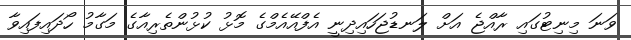
ވަނަ މިނިޓުގައި ރާއްޖެ އަށް ލަނޑުޖަހައިދިނީ އެފްއޭއެމްގެ މޮޅު ކުޅުންތެރިއާގެ މަގާމު ހޯދައިފައިވާ